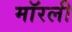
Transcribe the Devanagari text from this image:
मॉरली